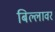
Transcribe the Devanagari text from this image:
बिल्लावर